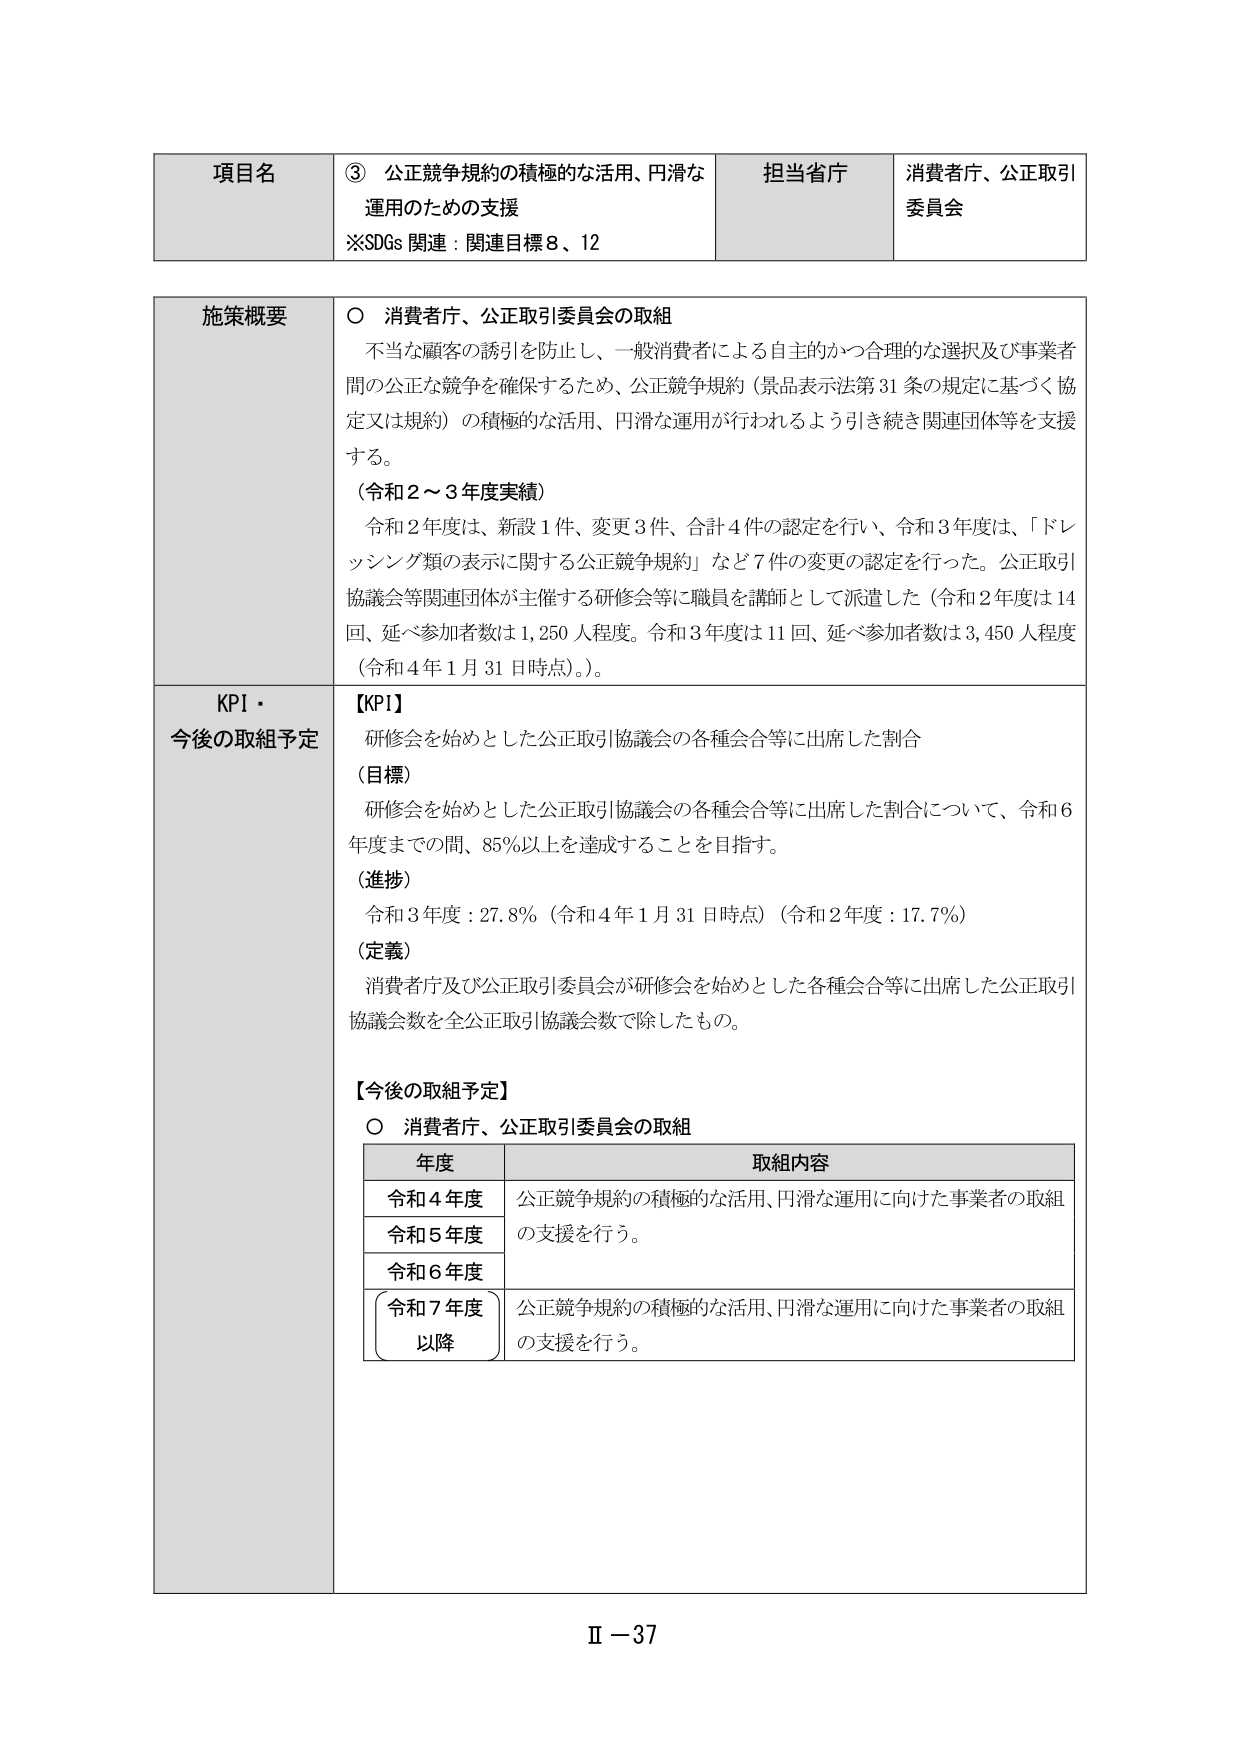
項目名　③ 公正競争規約の積極的な活用、円滑な運用のための支援
※SDGs 関連：関連目標 8、12

担当省庁　消費者庁、公正取引委員会

施策概要
○ 消費者庁、公正取引委員会の取組
　不当な顧客の誘引を防止し、一般消費者による自主的かつ合理的な選択及び事業者間の公正な競争を確保するため、公正競争規約（景品表示法第31条の規定に基づく協定又は規約）の積極的な活用、円滑な運用が行われるよう引き続き関連団体等を支援する。
（令和2～3年度実績）
　令和2年度は、新設1件、変更3件、合計4件の認定を行い、令和3年度は、「ドレッシング類の表示に関する公正競争規約」など7件の変更の認定を行った。公正取引協議会等関連団体が主催する研修会等に職員を講師として派遣した（令和2年度は14回、延べ参加者数は1,250人程度。令和3年度は11回、延べ参加者数は3,450人程度（令和4年1月31日時点）。）。

KPI・今後の取組予定
【KPI】
　研修会を始めとした公正取引協議会の各種会合等に出席した割合
（目標）
　研修会を始めとした公正取引協議会の各種会合等に出席した割合について、令和6年度までの間、85％以上を達成することを目指す。
（進捗）
　令和3年度：27.8％（令和4年1月31日時点）（令和2年度：17.7％）
（定義）
　消費者庁及び公正取引委員会が研修会を始めとした各種会合等に出席した公正取引協議会数を全公正取引協議会数で除したもの。

【今後の取組予定】
○ 消費者庁、公正取引委員会の取組
　　年度　　　　　　　　　　　取組内容
　　令和4年度　　　　　公正競争規約の積極的な活用、円滑な運用に向けた事業者の取組の支援を行う。
　　令和5年度　　　　　
　　令和6年度　　　　　
　　令和7年度以降　　公正競争規約の積極的な活用、円滑な運用に向けた事業者の取組の支援を行う。

Ⅱ－37